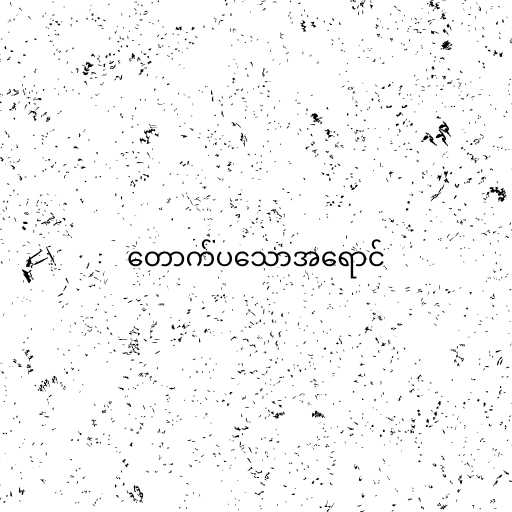
တောက်ပသောအရောင်